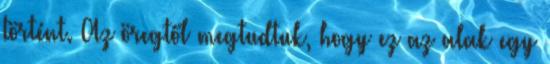
történt. Az öregtől megtudtuk, hogy ez az alak egy